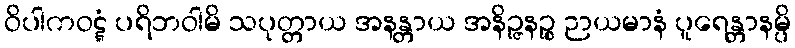
ဝိပါကဝဋ္ဋံ ပရိဘဝါမိ သပုတ္တာယ အနန္တာယ အနိဉ္ဇနဉ္စ ဉာယမာနံ ပူရေန္တာနမ္ပိ